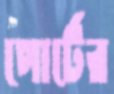
পোর্টের